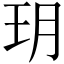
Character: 玥